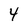
Character: 4